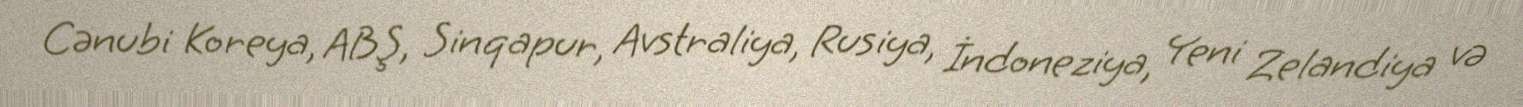
Cənubi Koreya, ABŞ, Sinqapur, Avstraliya, Rusiya, İndoneziya, Yeni Zelandiya və